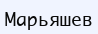
Марьяшев